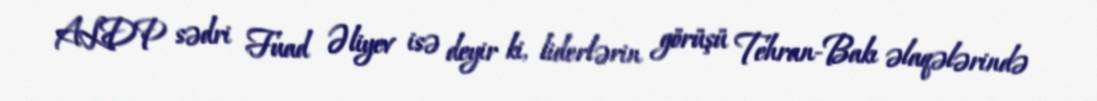
ALDP sədri Fuad Əliyev isə deyir ki, liderlərin görüşü Tehran-Bakı əlaqələrində